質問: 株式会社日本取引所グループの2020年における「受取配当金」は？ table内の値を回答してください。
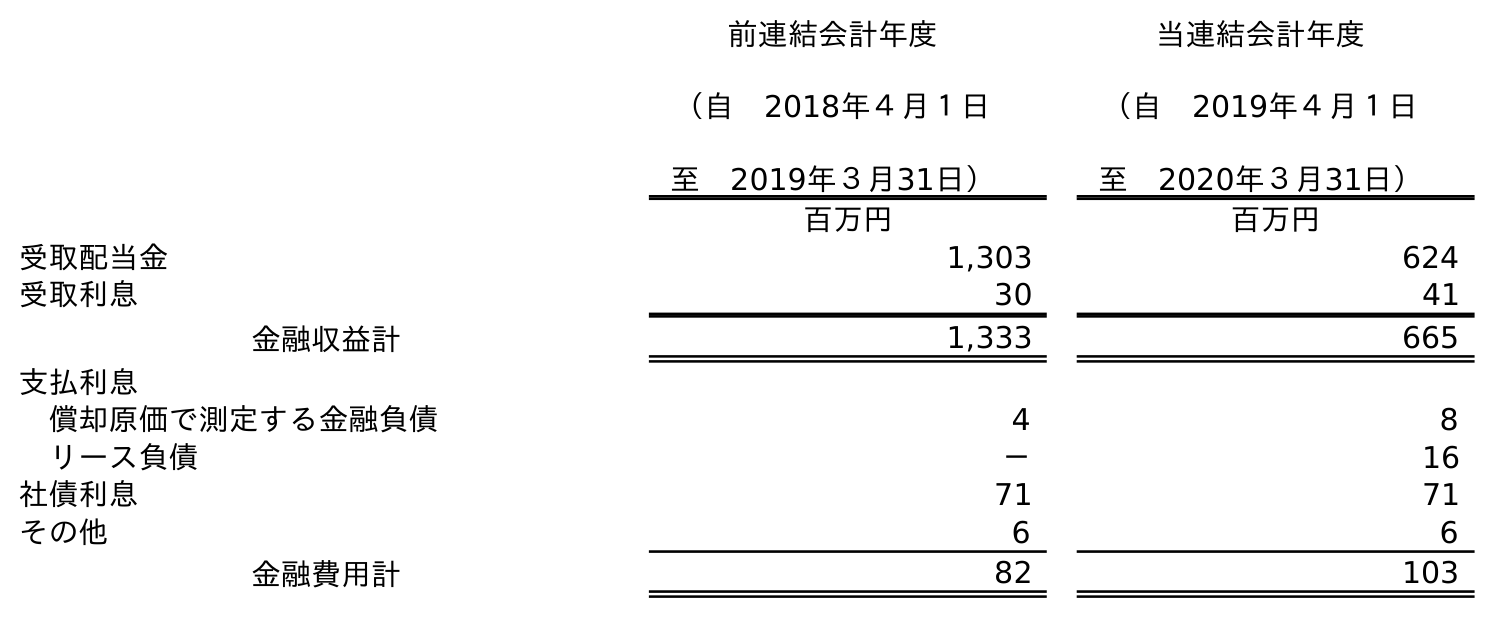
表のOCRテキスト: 前連結会計年度 （自 2018年４月１日 至 2019年３月31日） 当連結会計年度 （自 2019年４月１日 至 2020年３月31日） 百万円 百万円 受取配当金 1,303 624 受取利息 30 41 金融収益計 1,333 665 支払利息 償却原価で測定する金融負債 4 8 リース負債 － 16 社債利息 71 71 その他 6 6 金融費用計 82 103
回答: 624